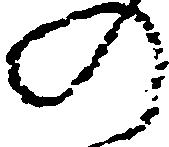
の